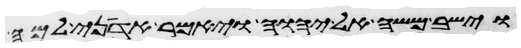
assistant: וישב משה אל יהוה ויאמר אדני למה